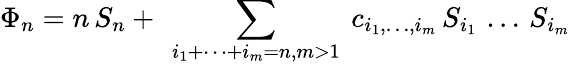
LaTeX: \Phi_{n}=n\, S_{n}+\ \sum_{i_{1}+\dots+i_{m}=n,m>1}\ c_{i_{1},\dots,i_{m}}\, S_{i_{1}}\, \dots\, S_{i_{m}}